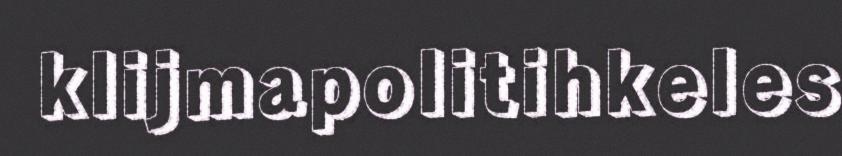
klijmapolitihkeles